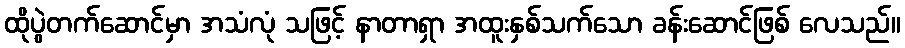
ထိုပွဲတက်ဆောင်မှာ အသံလုံ သဖြင့် နာတာရှာ အထူးနှစ်သက်သော ခန်းဆောင်ဖြစ် လေသည်။